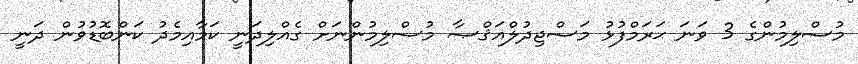
މުސްލިމުންގެ 3 ވަނަ ޙަރަމްފުޅު މަސްޖިދުލްއަޤްޞާ މުސްލިމުންނަށް ގެއްލިދަނީ ކަމާއިމެދު ކަންބޮޑުވުން ދަނީ